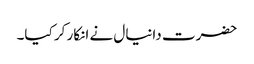
حضرت دانیال نے انکار کر کیا۔